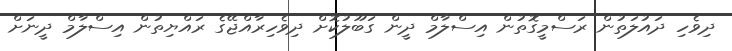
ދިވެހި ދައުލަތުން ރަސްމީގޮތުން އިސްލާމް ދީން ގަބޫލުކޮށް ދިވެހިރާއްޖޭގެ ރައްޔިތުން އިސްލާމް ދީނަށް